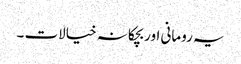
یہ رومانی اور بچکانہ خیالات ۔